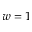
w = 1